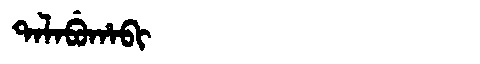
Manchu: ᡨᠠᠯᠠᠪᡠᡥᠠᠪᡳ
Romanization: TALABUHABI